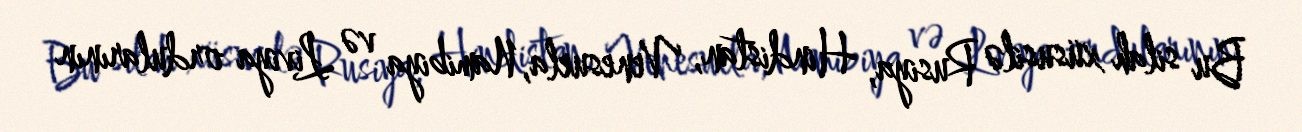
Bu silah xüsusilə Rusiya, Hindistan, Venesuela, Namibiya və Liviya ordularının